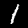
Digit: 1